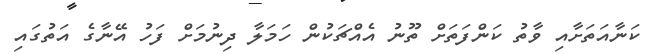
ކަނާއަތަށާއި ވާތު ކަންފަތަށް ތޫނު އެއްޗަކުން ހަމަލާ ދިނުމަށް ފަހު އޭނާގެ އަތުގައި